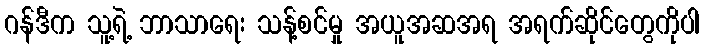
ဂန်ဒီက သူ့ရဲ့ ဘာသာရေး သန့်စင်မှု အယူအဆအရ အရက်ဆိုင်တွေကိုပါ